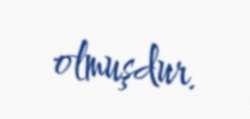
olmuşdur.